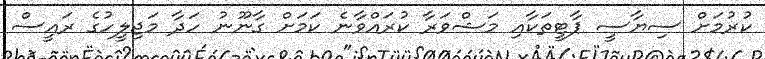
ކުރުމަށް ސިޔާސީ ޕާޓީތަކާއި މަޝްވަރާ ކުރައްވާނެ ކަމަށް ގާނޫނު ހަދާ މަޖިލީހުގެ ރައީސް